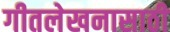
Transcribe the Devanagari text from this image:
गीतलेखनासाठी